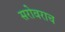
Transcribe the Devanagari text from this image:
सरोवराच